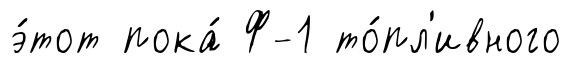
э́тот пока́ Ф-1 то́пл'ивного